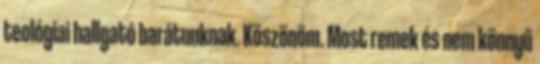
teológiai hallgató barátunknak. Köszönöm. Most remek és nem könnyű